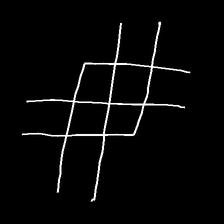
Glyph: crystal